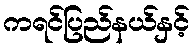
ကရင်ပြည်နယ်နှင့်